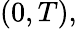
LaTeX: (0,T),